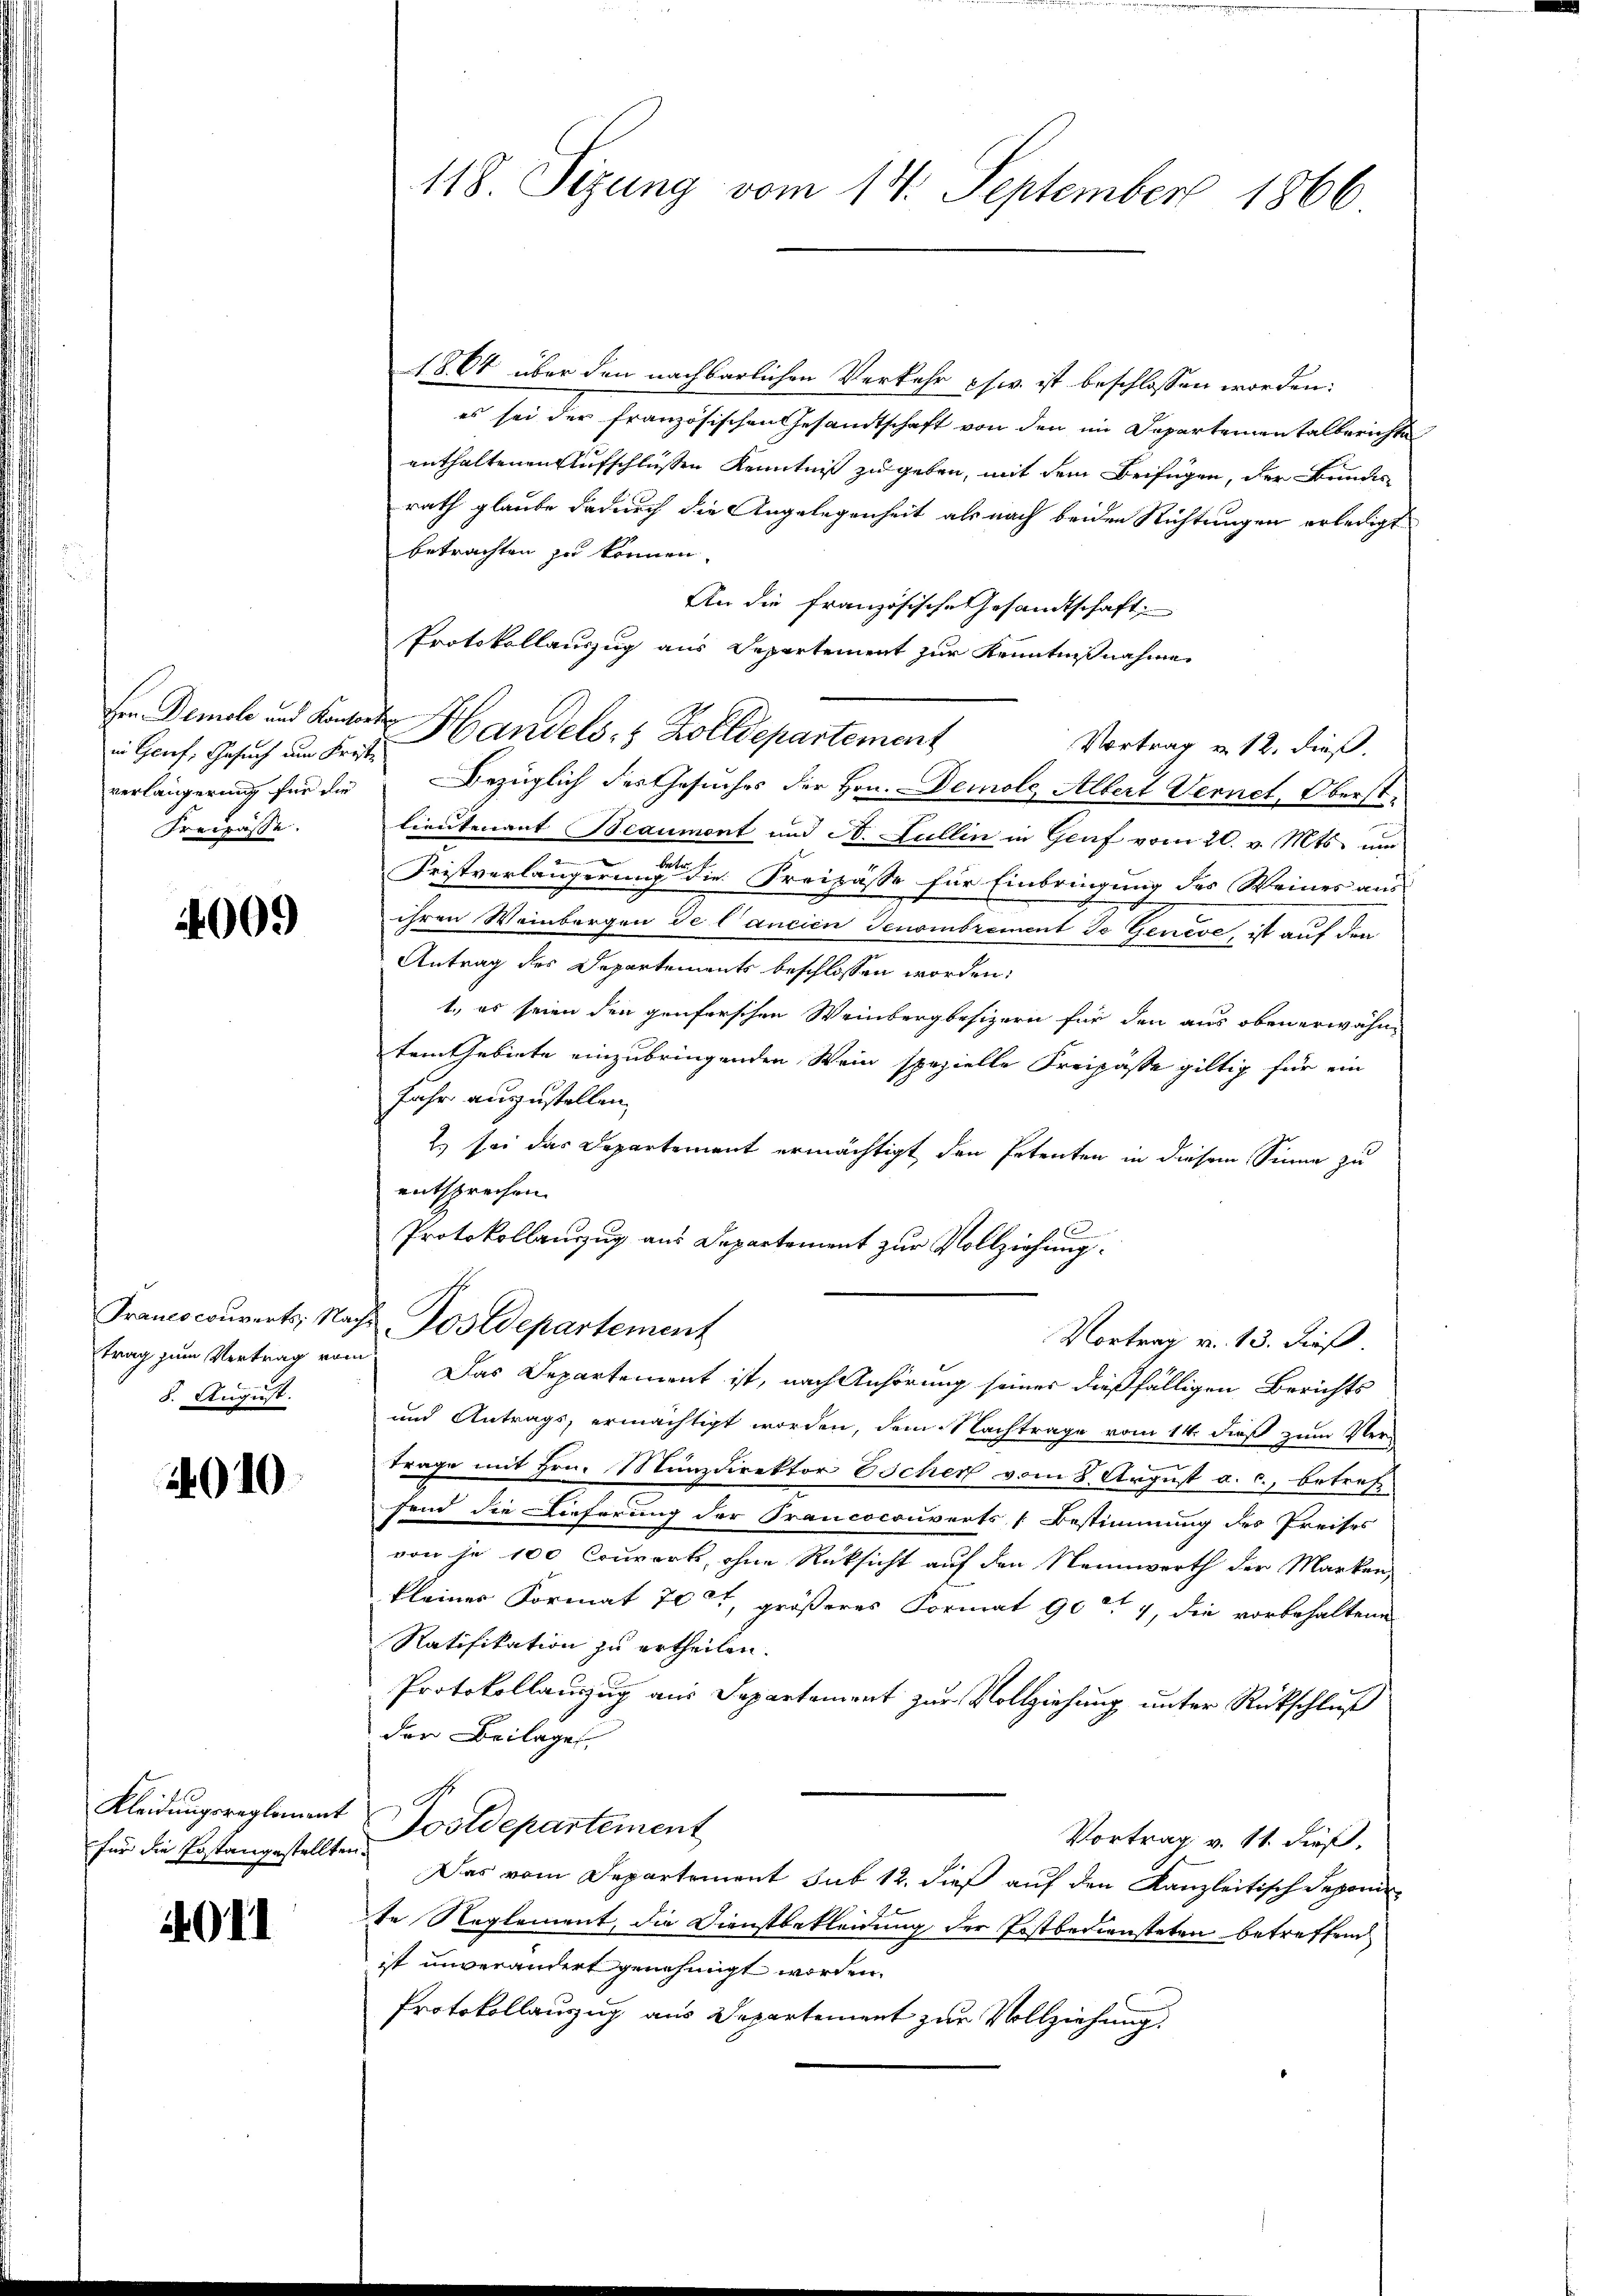
in Grief, Gesuch um Kriste
verlängerung für die
Freisässe.

4009

8. August.

010

Kleidungsreglement
für die Postangestellten

4011

118. Sizung vom 14. September 1866

1864 über den nachbarlichen Verkehr pfw. ist beschlossen worden:
es sei der französischen Gesandtschaft von den im Departementalberichte
enthaltenen Aufschlüssen Kenntniß zu geben, mit dem Beifügen, der Bundes
rath glaube dadurch die Angelegenheit als nach beiden Richtungen erledigt
betrachten zu können.
An die französische Gesandtschaft
Protokollauszug aus Departement zur Kenntnißnahme
Ein Demol und Kanton Handels- & Zolldepartement
Vortrag u. 12. dieß.
Bezüglich des Gesuches der Hrn. Demole, Albert Vernet, Oberstlieutenant Beaumont und St. Lullin in Graf vom 20. v. Mts. um
Fristverlängerung die Kreisässe für Einbringung des Weines aus
ihren Weinbergen de l’ancien Genombrement de Geneve, ist auf den
Antrag des Departements beschlossen worden:
1., es seien den genferschen Weinbergbesizern für den aus oben erwähntem Gebiete einzubringenden Wein spezielle Kreipässe giltig für ein
fahr anzustellen,
2.) sei das Departement ermächtigt den Petenten in diesem Sinne zu
entsprechen.
Protokollanzug aus Departement zur Vollziehung.
Francocouvert, Nach Postdepartement
Vortrag v. 13. dieß.
trag zum Vertrag vom Das Departement ist, nach Anhörung seiner dießfälligen Berichts
und Antrags, ermächtigt worden, dem Nachtrage vom 14. dieß zum Ver
trage mit Hrn. Münzdirektor Escher vom 8. August a. c., betreff
fend die Dieferung der Francocouverts [ Bestimmung des Preises
von je 100 Conwort, ohne Rücksicht auf den Nennwerth der Marken,
kleines Format 70 lt, größeres Format 904, die vorbehaltenen
Ratifikation zu ertheilen.
Protokollauszug aus Departement zur Vollziehung unter Rückschluß
der Beilagen
Postdepartement
Vortrag v. 11. dieß,
af
Das vom Departement sub 12. dieß auf den Kanzleitisch deponirte Reglement, die Dienstbekleidung der Postbediensteten betreffend
ist unverändert genehmigt worden.
Protokollauzug aus Departement zur Vollziehung